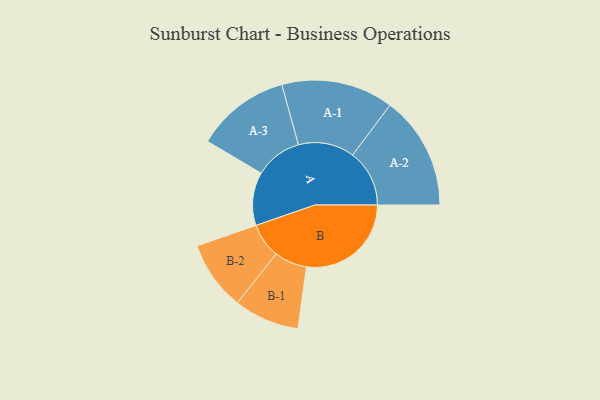
{"axis": {"x": "Segment", "y": "Value"}, "legend": ["", "A", "B"], "data": [{"x": "A", "y": 190, "type": ""}, {"x": "B", "y": 374, "type": ""}, {"x": "A-1", "y": 200, "type": "A"}, {"x": "A-2", "y": 203, "type": "A"}, {"x": "A-3", "y": 168, "type": "A"}, {"x": "B-1", "y": 117, "type": "B"}, {"x": "B-2", "y": 124, "type": "B"}]}